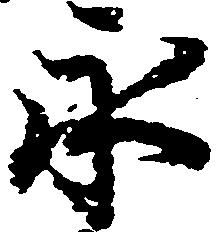
永